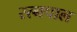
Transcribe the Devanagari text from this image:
रत्नपाल